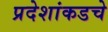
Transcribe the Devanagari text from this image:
प्रदेशांकडचे